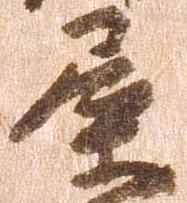
屋